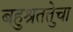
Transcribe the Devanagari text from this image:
बहुश्रुततेचा